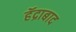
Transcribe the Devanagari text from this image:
हॅद्राबाद